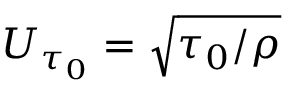
U _ { \tau _ { 0 } } = \sqrt { \tau _ { 0 } / \rho }